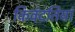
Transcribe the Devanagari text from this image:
किवंदतियां